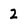
Character: 2